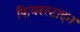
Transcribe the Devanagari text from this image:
फियरस्टाइन